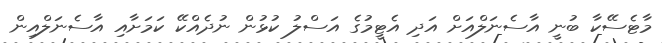
މާޓެސޭކާ ބުނީ އާސެނަލްއަށް އަދި އެޓީމުގެ އަސްލު ކުޅުން ނުދެއްކޭ ކަމަށާއި އާސެނަލްއިން